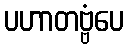
ပဟာတဗ္ဗံပေ